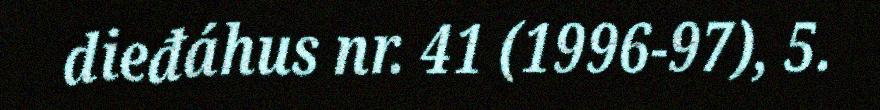
dieđáhus nr. 41 (1996-97), 5.